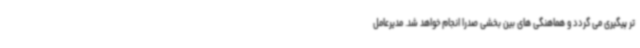
تر پیگیری می گردد و هماهنگی های بین بخشی صدرا انجام خواهد شد. مدیرعامل